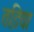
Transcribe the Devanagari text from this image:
तडि़या